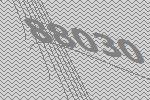
88030